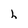
Character: h